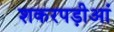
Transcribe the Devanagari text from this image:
शकरपड़ीआं